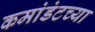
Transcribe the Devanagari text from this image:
कमांडंटच्या